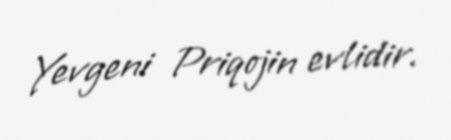
Yevgeni Priqojin evlidir.